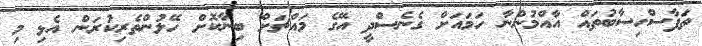
ތަފާސްހިސާބުތައް އާއްމުންނާ ހަމައަށް ގެނެސްދީ އޭގެ މައްޗަށް ބިނާކޮށް ހޭލުންތެރިކުރަން އެޅި މި